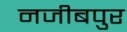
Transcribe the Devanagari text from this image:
नजीबपुर